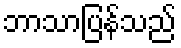
ဘာသာပြန်သည်